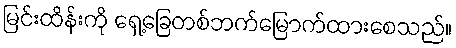
မြင်းထိန်းကို ရှေ့ခြေတစ်ဘက်မြောက်ထားစေသည်။